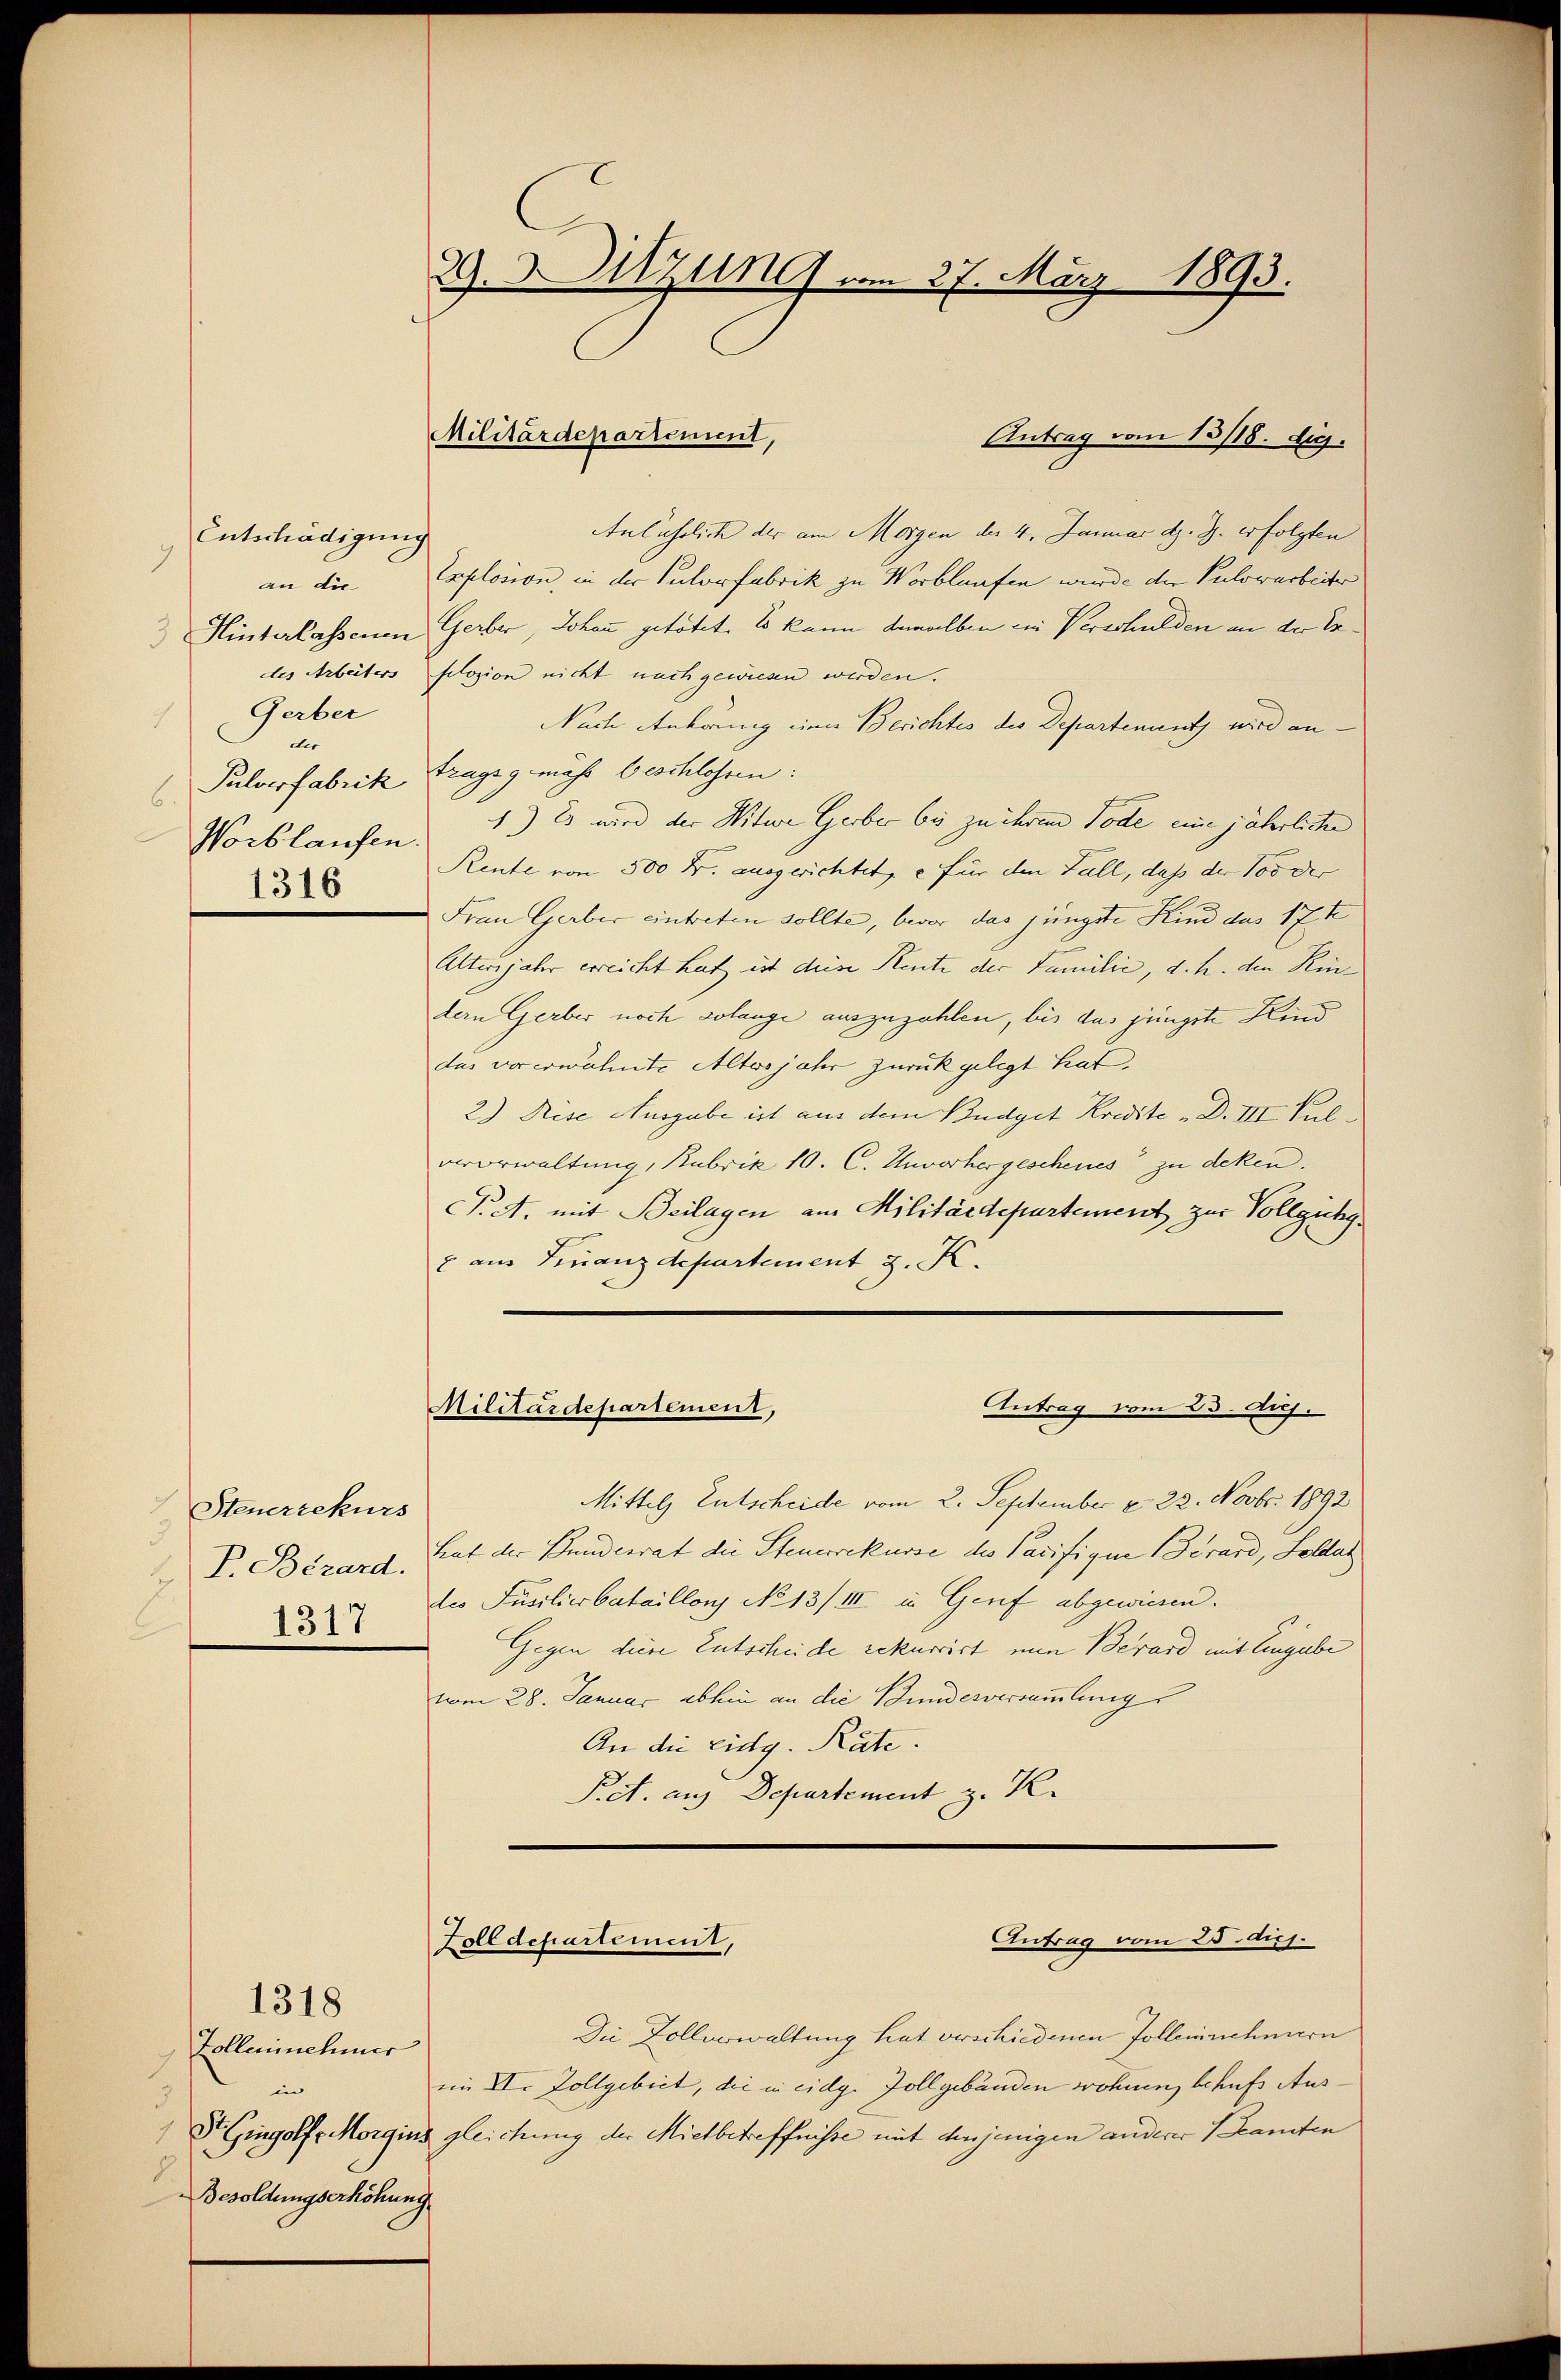
Entschädigung
9
an die
 Hinterlassenen
des Arbeiters
Gerber
4
dir
Pulverfabrik
b.
Norblaufen.
1316

Steuerrekurs
P. Bézard.
1317

Zolleninehmer
in
d
Besoldungserhöhung

1318

29. Sitzung am 27. März 1893.

Militärdepartement,

Antrag vom 13/18. Sig.

Anlässlich der am Morgen der 4. Januar d. J. erfolgten
Explosion, in der Pulverfabrik zu Worblaufen wurde der Pulowarbeiter
Gerber, Johann getötet. Es kann demselben ein Verschulden an der Er-
felosion nicht nach gewiesen werden.
Nach Anhörung einer Berichtes des Departenant wird antragsg muss beschlossen:
1.) Es wird der Witwe Gerber bis zu ihrem Tode eine jährliche
Rente von 500 Fr. ausgerichtet, es für den Fall, daß der Vor der
Frau Gerber eintreten sollte, bevor das jüngste Kind das 17t
Altenjahr erreicht hat ist diese Rente der Familie, d. h. den Kindern Gerber noch solange auszuzahlen, bis das jüngste Kind
dus vorerwähnte Altwojahr zurückgelegt hat.
2) Reise Ausgabe ist aus dem Budget Kredite „D. VII. Pulvorwaltung, Rubrik 10. C. Unvorhergeschenes zu deken.
P.A. mit Beilagen am Militärdepartement zur Vollgichg¬
2 aus Finanzdepartement z. K.
Antrag vom 25. Aug.
Militärdepartement,
Mittels Entscheide vom 2. September v. 22. Novbr. 1892
hat der Bundesrat die Steuerrekurse des Pacifige Gerard, Soldat
des Jusilierbataillons No 13/III in Gerif abgewiesen.
Gegen diese Entscheide rekurrirt nun Berard mit Eingabe
vom 28. Januar abhin an die Bundesversammlung
An die Eidg. Räte.
Pet. aus Departement z. R.

Die Zollverwaltung hat verschiedenen Follenchnern
im XI. Zollgebiet, die in eidg. Zollgebäuden wohnen, behufs Aus¬
H Gingolf Morgins gleichung der Mietbetreffnisse mit denjenigen anderer kanten

Antrag vom 25. ds.
Zolldepartement,